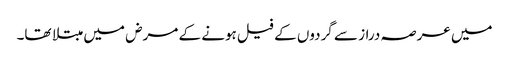
میں عرصہ دراز سے گردوں کے فیل ہونے کے مرض میں مبتلا تھا۔